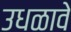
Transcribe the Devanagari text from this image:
उधळावे